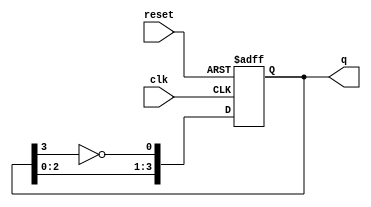
module johnson_counter #(parameter N = 4) (
    input wire clk,         // Clock input
    input wire reset,       // Asynchronous reset
    output reg [N-1:0] q    // Counter output
);

// Internal signal for feedback
wire feedback;

// Feedback is the inverted output of the last flip-flop
assign feedback = ~q[N-1];

// Always block for the Johnson counter operation
always @(posedge clk or posedge reset) begin
    if (reset) begin
        // Asynchronous reset: Set all flip-flops to 0
        q <= 0;
    end else begin
        // Johnson counter logic: Shift and feedback
        q <= {q[N-2:0], feedback}; // Shift left and insert feedback
    end
end

endmodule